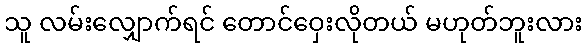
သူ လမ်းလျှောက်ရင် တောင်ဝှေးလိုတယ် မဟုတ်ဘူးလား